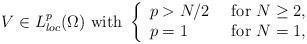
LaTeX: \begin{align*} V \in L^p_{loc} (\Omega) \hbox{ with } \left\{ \begin{array}{ll} p > N/2 \, &\hbox{ for } N \geq 2 , \\ p=1 \, &\hbox{ for } N=1 , \end{array} \right.\end{align*}